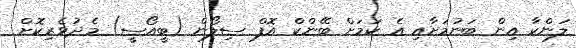
ލަންކާ އިން ބަނުމަށާއި އެ ކަމަށް ބޭންކް އޮފް ސިލޯން (ބީއޯސީ) މެދުވެރިކޮށް